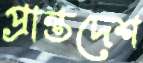
প্রান্তদেশ